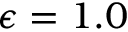
\epsilon = 1 . 0